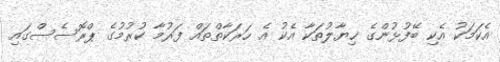
އެކަމަކު އެކި ބޭފުޅުންގެ ޚިޔާލުތަކާ އެކު އެ ހަރަކާތްތައް ފަރުމާ ކުރުމުގެ ޕްރޮސެސްގައި